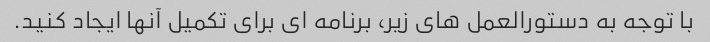
با توجه به دستورالعمل های زیر، برنامه ای برای تکمیل آنها ایجاد کنید.